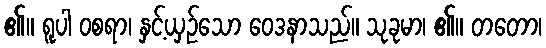
၏။ ရူပါ ဝစရာ၊ နှင့်ယှဉ်သော ဝေဒနာသည်။ သုခုမာ၊ ၏။ တတော၊